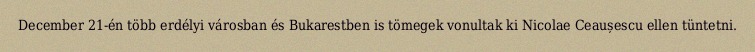
December 21-én több erdélyi városban és Bukarestben is tömegek vonultak ki Nicolae Ceaușescu ellen tüntetni.